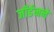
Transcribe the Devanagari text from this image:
जॉर्डनने